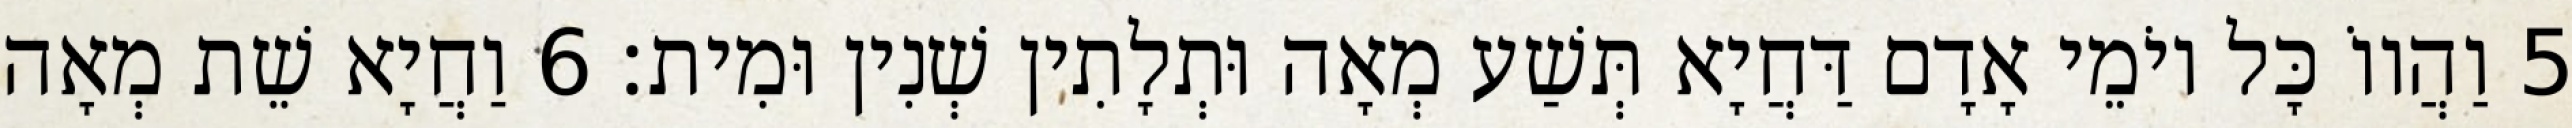
5 וַהֲווֹ כָּל יוֹמֵי אָדָם דַּחֲיָא תְּשַׁע מְאָה וּתְלָתִין שְׁנִין וּמִית׃ 6 וַחֲיָא שֵׁת מְאָה